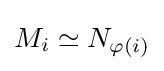
M_{i}\simeq N_{\varphi (i)}